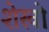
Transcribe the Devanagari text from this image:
शेखो